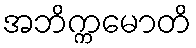
အဘိက္ကမောတိ